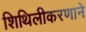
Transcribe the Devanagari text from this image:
शिथिलीकरणाने